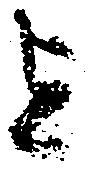
を